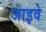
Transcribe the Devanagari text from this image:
जाइवे